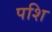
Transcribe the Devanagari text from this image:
पशि